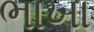
ભાખા